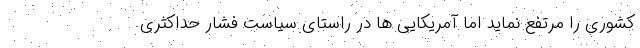
کشوری را مرتفع نماید اما آمریکایی ها در راستای سیاست فشار حداکثری